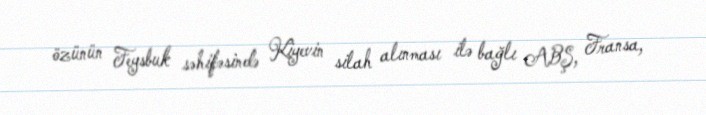
özünün Feysbuk səhifəsində Kiyevin silah alınması ilə bağlı ABŞ, Fransa,